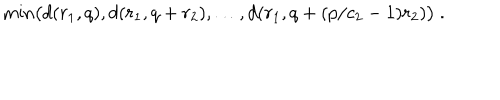
LaTeX: \mathrm { m i n } \big ( d ( r _ { 1 } , q ) , d ( r _ { 1 } , q + r _ { 2 } ) , \ldots , d ( r _ { 1 } , q + ( p / c _ { 2 } - 1 ) r _ { 2 } ) \big ) \ .